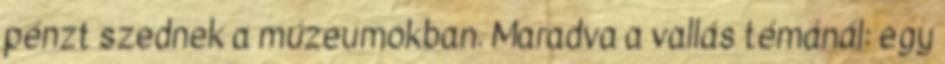
pénzt szednek a múzeumokban. Maradva a vallás témánál: egy